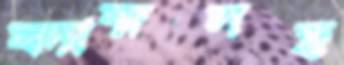
ফ্যাক্সসহ